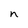
Character: n